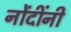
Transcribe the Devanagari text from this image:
नोंदींनी